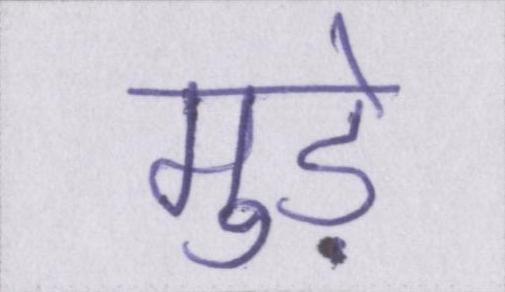
मुड़े